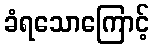
ခံရသောကြောင့်